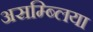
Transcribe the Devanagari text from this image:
असम्ब्लिया